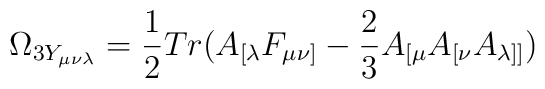
\Omega_{3Y_{\mu\nu\lambda}}=\frac{1}{2}Tr(A_{[\lambda}F_{\mu\nu]}-\frac{2}{3}A_{[\mu}A_{[\nu}A_{\lambda]]})